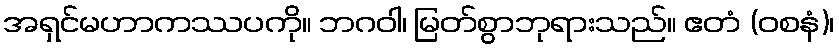
အရှင်မဟာကဿပကို။ ဘဂဝါ၊ မြတ်စွာဘုရားသည်။ ဧတံ (ဝစနံ)၊